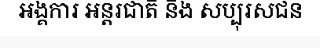
អង្គការ អន្តរជាតិ និង សប្បុរសជន